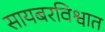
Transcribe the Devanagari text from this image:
सायबरविश्वात